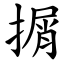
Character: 㨝